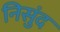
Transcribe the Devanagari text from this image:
निसुंद